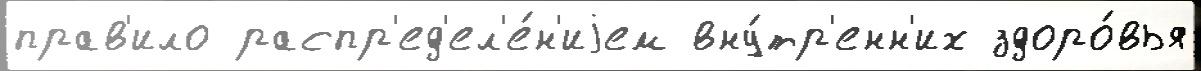
прав'ило распр'ед'ел'е́н'иjем вну́тр'енн'их здоро́вья